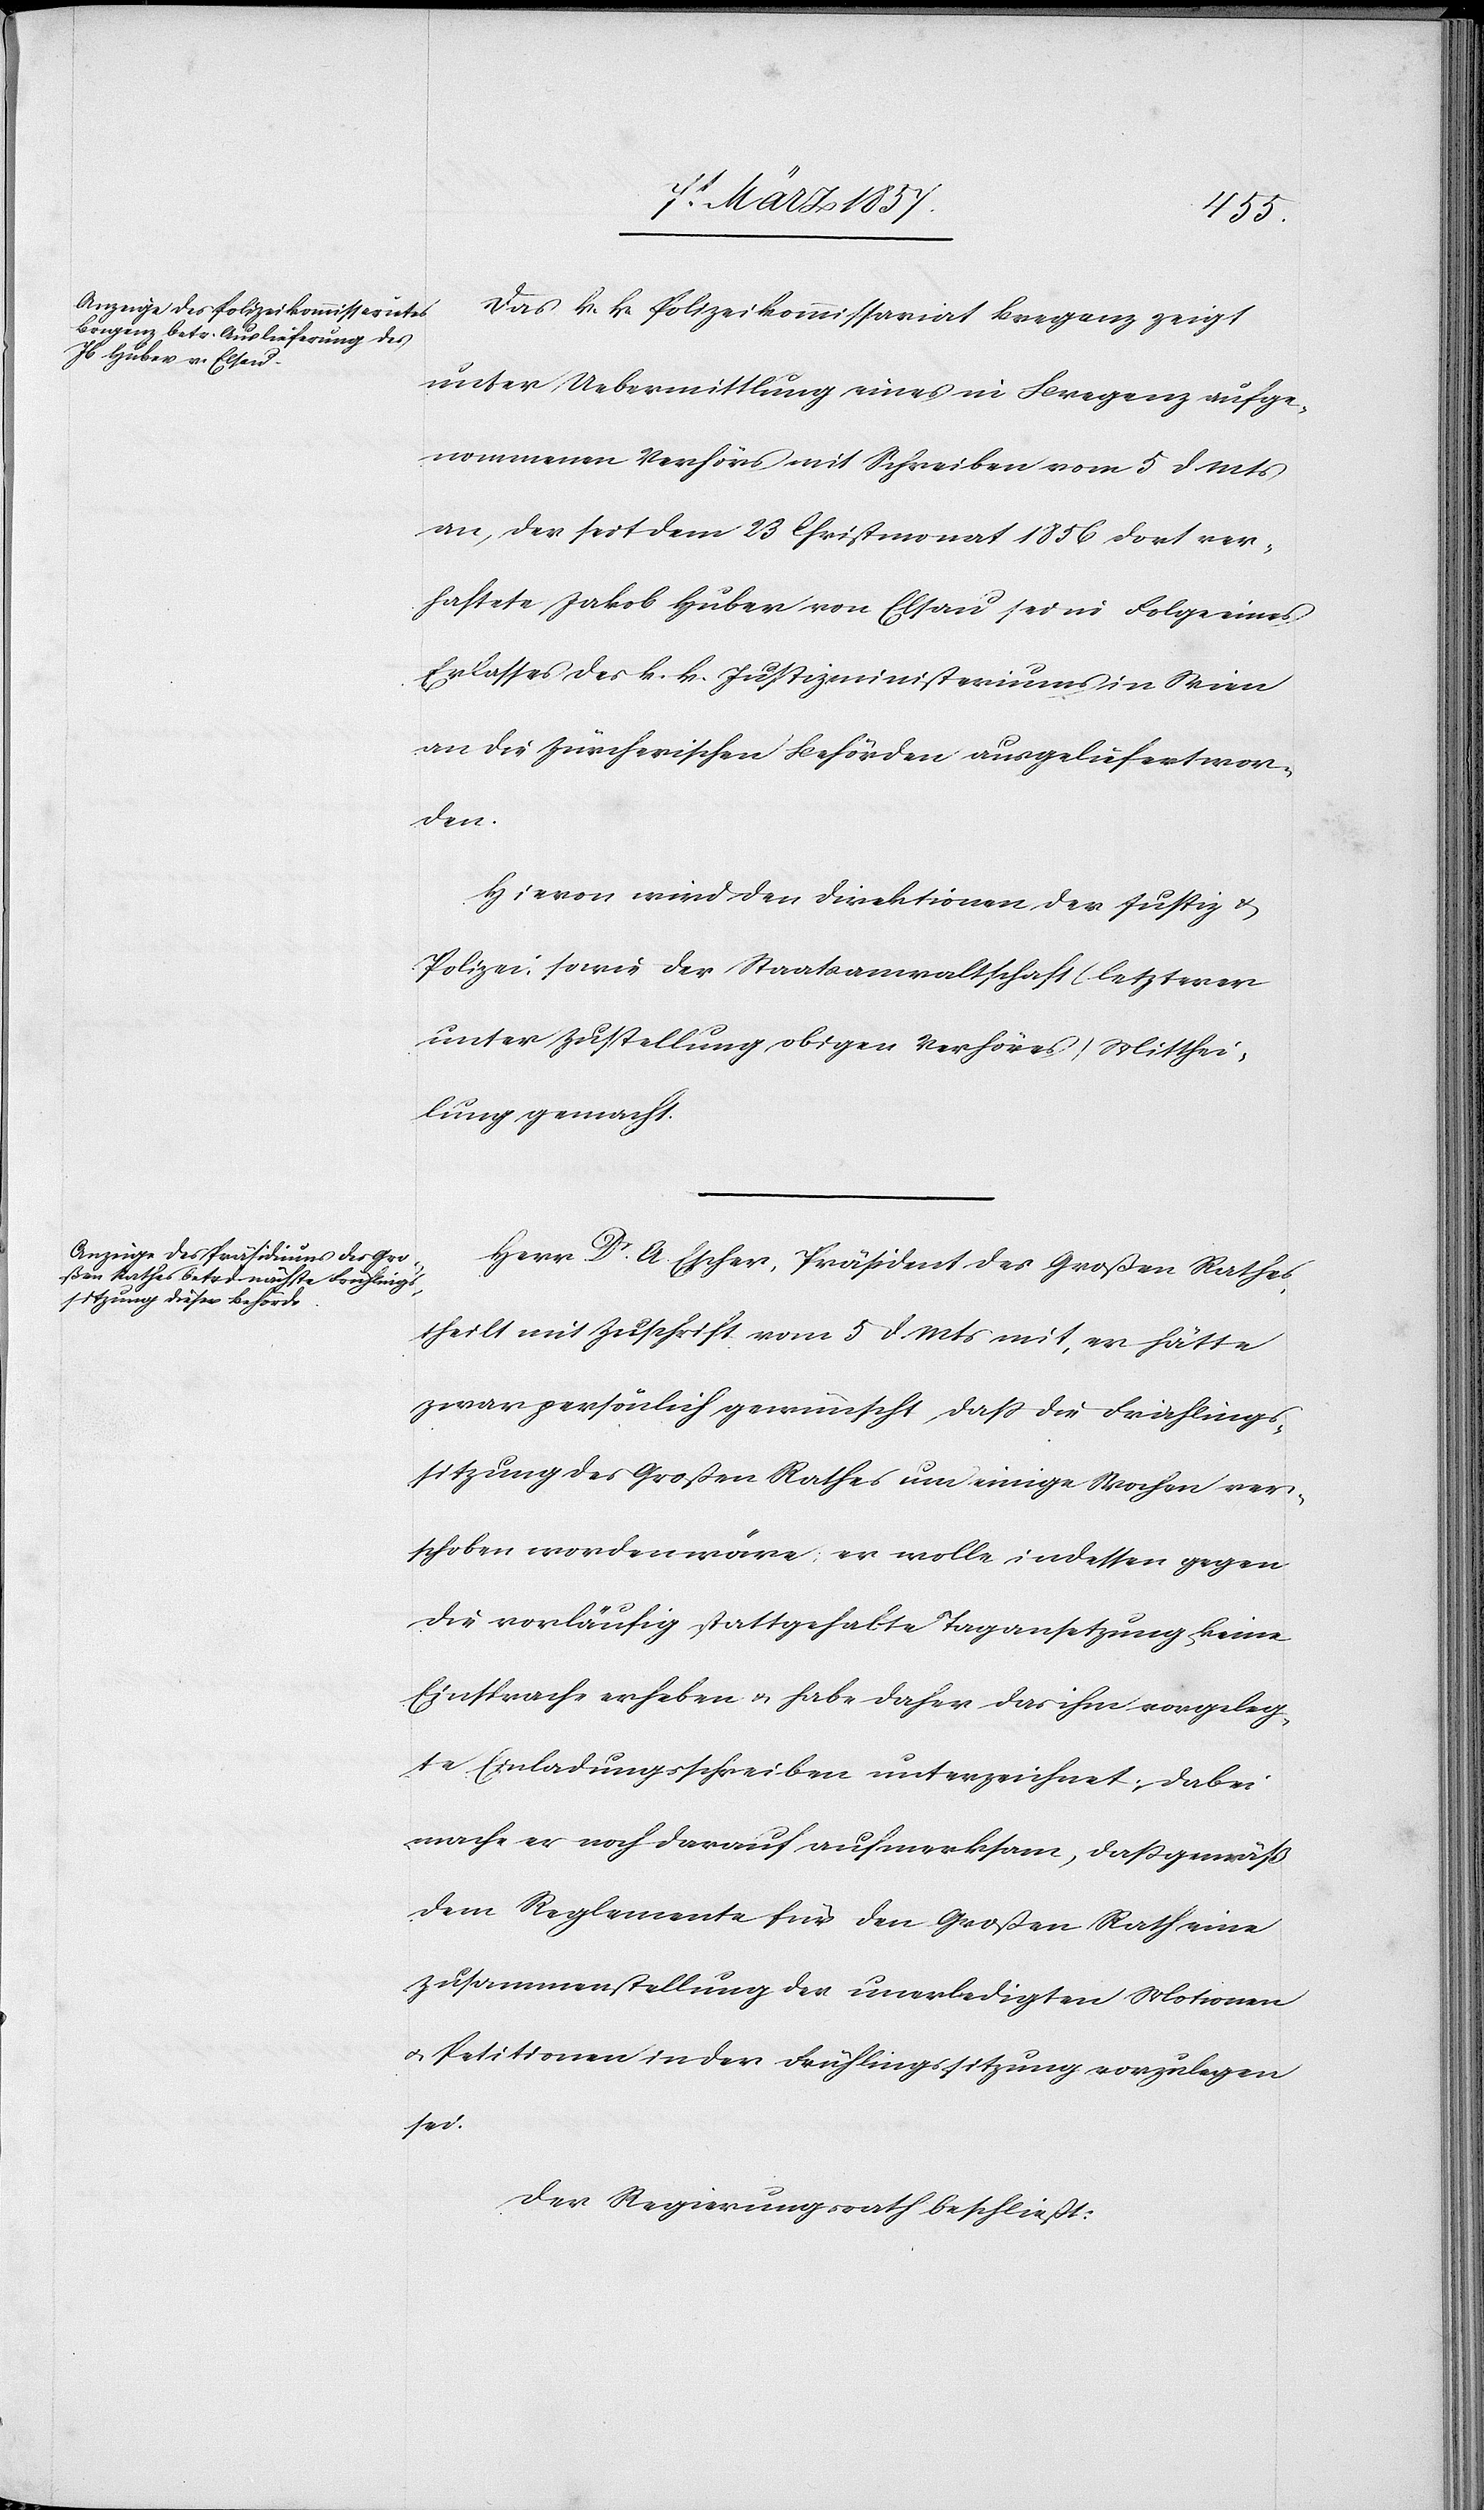
Das k. k. Polizeikommissariat Bregenz zeigt
unter Uebermittlung eines in Bregenz aufge¬
nommenen Verhörs mit Schreiben vom 5 d. Mts
an, der seit dem 23 Christmonat 1856 dort ver¬
haftete Jakob Huber von Elsau sei in Folge eines
Erlasses des k. k. Justizministeriums in Wien
an die Zürcherischen Behörden ausgeliefert wor¬
den.
Hievon wird den Direktionen der Justiz u.
Polizei, sowie der Staatsanwaltschaft (letzterer
unter Zustellung obigen Verhöres) Mitthei¬
lung gemacht.
Herr Dr A Escher, Präsident des Großen Rathes,
theilt mit Zuschrift vom 5 d Mts mit, er hätte
zwar persönlich gewünscht, daß die Frühlings¬
sitzung des Großen Rathes um einige Wochen ver¬
schoben worden wäre; er wolle indessen gegen
die vorläufig stattgehabte Tagansetzung keine
Einsprache erheben u. habe daher das ihm vorgeleg¬
te Einladungsschreiben unterzeichnet; dabei
mache er noch darauf aufmerksam, daß gemäß
dem Reglemente für den Großen Rath eine
Zusammenstellung der unerledigten Motionen
u. Petitionen in der Frühlingssitzung vorzulegen
sei.
Der Regierungsrath beschließt: